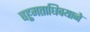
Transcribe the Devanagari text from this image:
बहुमताधिक्याने